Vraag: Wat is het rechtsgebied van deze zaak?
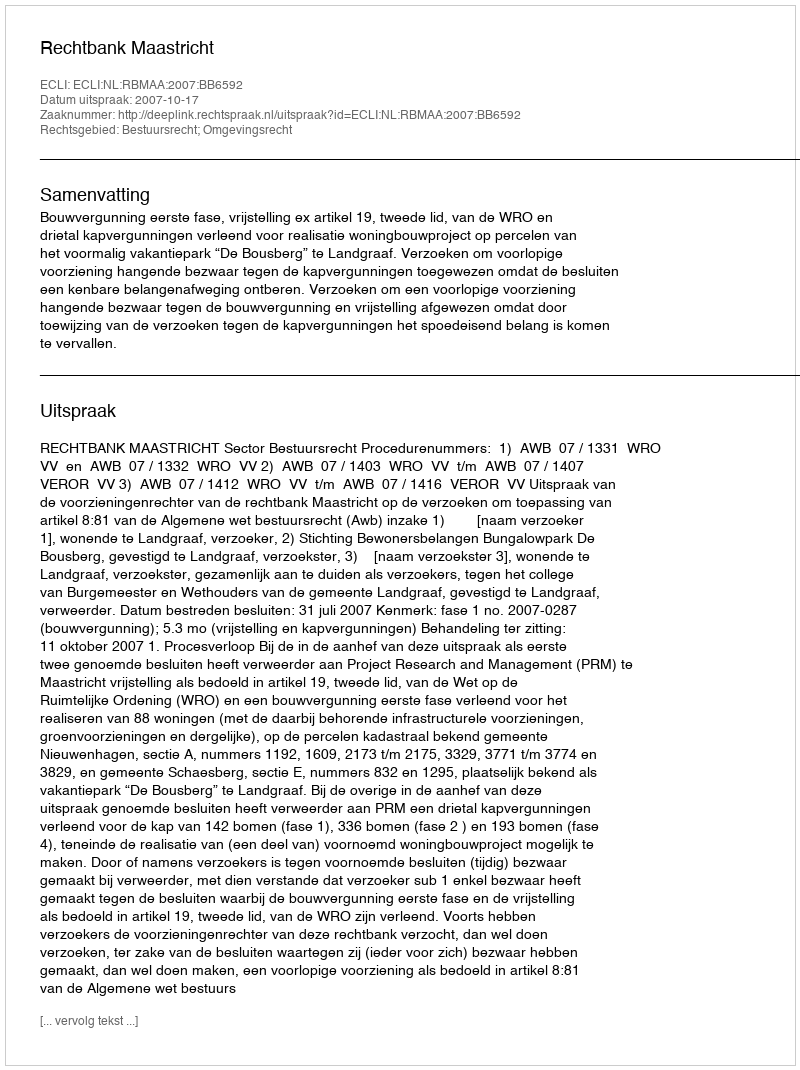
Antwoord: Bestuursrecht; Omgevingsrecht